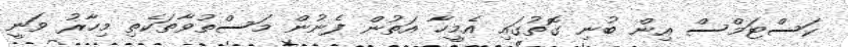
ކަސްޓަމްސް އިން ބުނި ގޮތުގައި އެމީހާ އަތުން ފެނުން މަސްތުވާތަކެތި މިހާރު ވަނީ